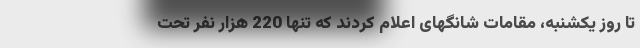
تا روز یکشنبه، مقامات شانگهای اعلام کردند که تنها 220 هزار نفر تحت